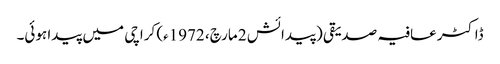
ڈاکٹر عافیہ صدیقی (پیدائش 2 مارچ، 1972ء) کراچی میں پیدا ہوئی۔